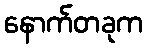
နောက်တခုက